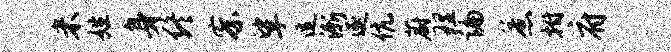
米姓身终察挲逗渐逐伉蔚理编惹拊府